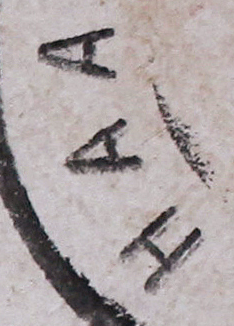
HAA